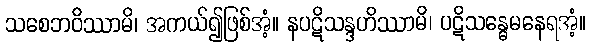
သစေဘဝိဿာမိ၊ အကယ်၍ဖြစ်အံ့။ နပဋိသန္ဒဟိဿာမိ၊ ပဋိသန္ဓေမနေရအံ့။